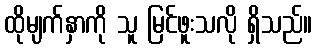
ထိုမျက်နှာကို သူ မြင်ဖူးသလို ရှိသည်။